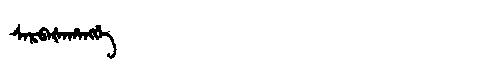
Manchu: ᠰᠠᡵᠪᠠᡧᠠᡥᠠᠩᡤᡝ
Romanization: SARBAŠAHANGGE